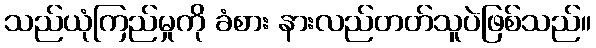
သည်ယုံကြည်မှုကို ခံစား နားလည်တတ်သူပဲဖြစ်သည်။